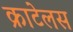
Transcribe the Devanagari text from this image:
क्राटेलस